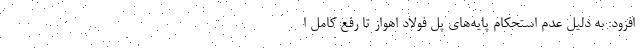
افزود: به دلیل عدم استحکام پایه‌های پُل فولاد اهواز تا رفع کامل ا